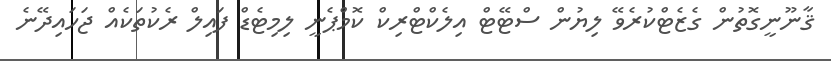
ޤާނޫނީގޮތުން ގެޒެޓްކުރެވޭ ލިޔުން ސްޓޭޓް އިލެކްޓްރިކް ކޮމްޕެނީ ލިމިޓެޑް ފައިލް ރެކުތަކެއް ޖަހައިދޭނެ